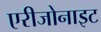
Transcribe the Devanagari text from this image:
एरीजोनाइट